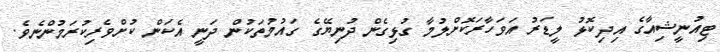
ޓިއުނީޝިއާގެ އިދިކޮޅު ލީޑަރު އަވަހާރަކޮށްލުމާ ގުޅިގެން ދުނިޔޭގެ ގައުމުތަކުން ދަނީ އެކަން ކުށްވެރިކުރަމުންނެވެ.